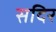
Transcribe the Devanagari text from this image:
सदिर